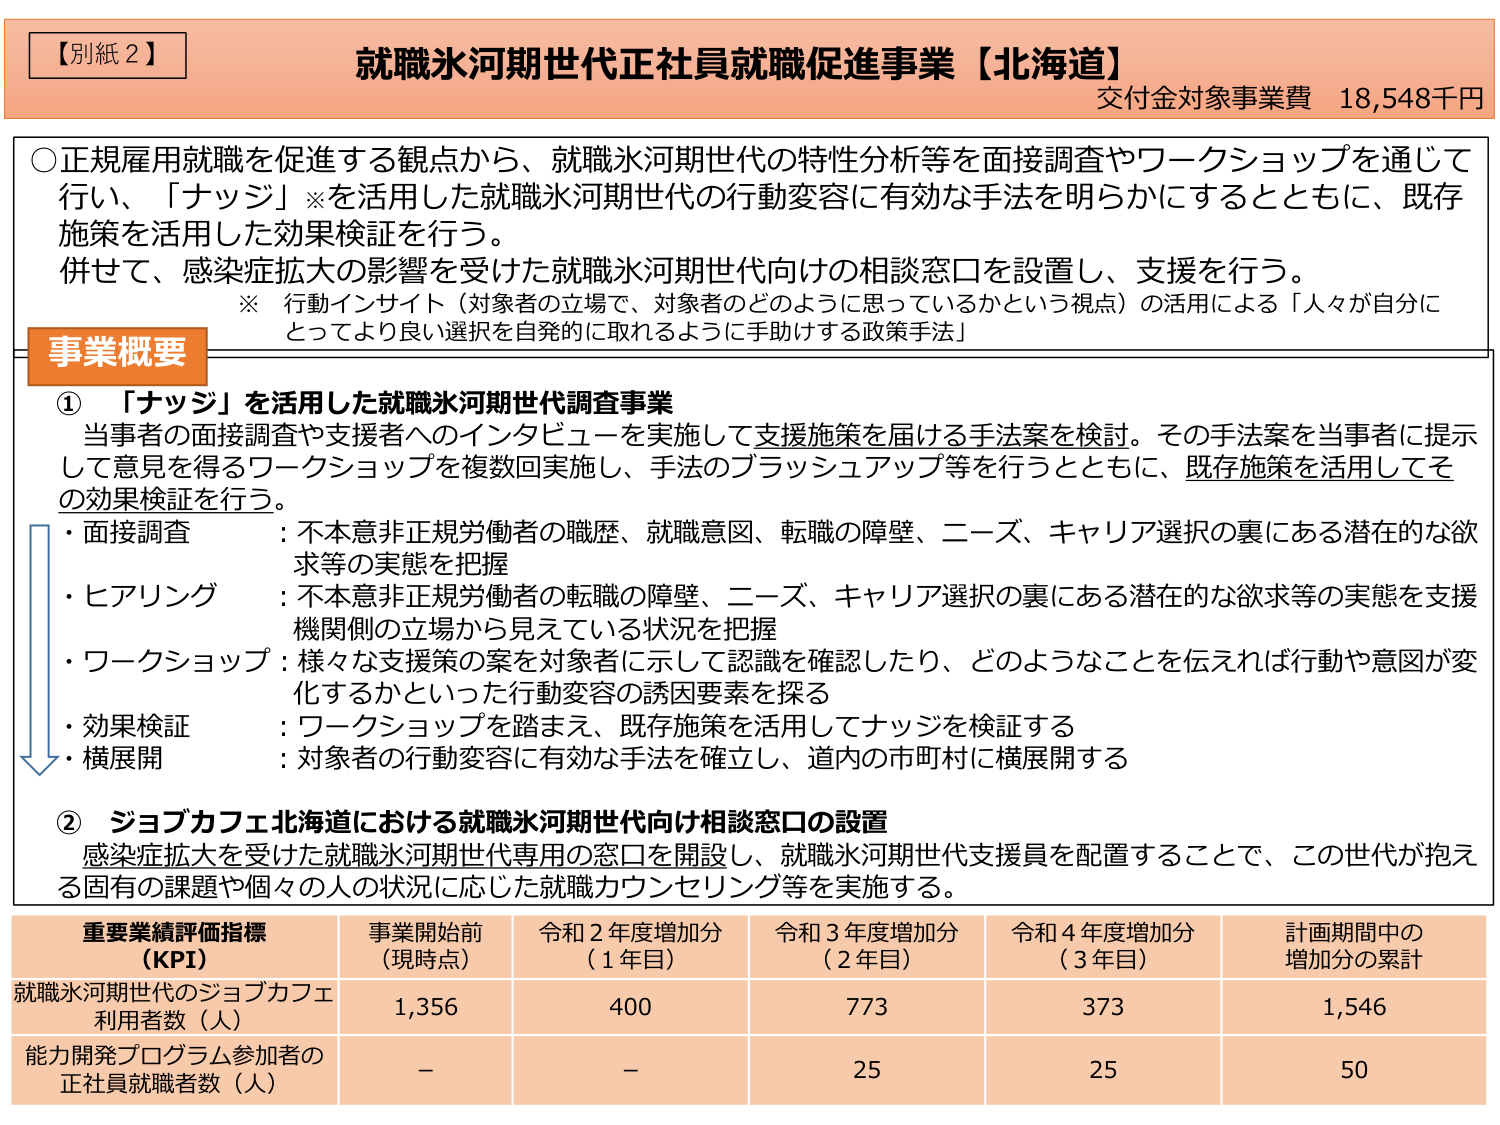
【別紙２】
就職氷河期世代正社員就職促進事業【北海道】
交付金対象事業費 18,548千円

○正規雇用就職を促進する観点から、就職氷河期世代の特性分析等を面接調査やワークショップを通じて行い、「ナッジ」※を活用した就職氷河期世代の行動変容に有効な手法を明らかにするとともに、既存施策を活用した効果検証を行う。
併せて、感染症拡大の影響を受けた就職氷河期世代向けの相談窓口を設置し、支援を行う。
※ 行動インサイト（対象者の立場で、対象者のどのように思っているかという視点）の活用による「人々が自分にとってより良い選択を自発的に取れるように手助けする政策手法」

事業概要

① 「ナッジ」を活用した就職氷河期世代調査事業
当事者の面接調査や支援者へのインタビューを実施して支援施策を届ける手法案を検討。その手法案を当事者に提示して意見を得るワークショップを複数回実施し、手法のブラッシュアップ等を行うとともに、既存施策を活用してその効果検証を行う。
・面接調査 ：不本意非正規労働者の職歴、就職意図、転職の障壁、ニーズ、キャリア選択の裏にある潜在的な欲求等の実態を把握
・ヒアリング ：不本意非正規労働者の転職の障壁、ニーズ、キャリア選択の裏にある潜在的な欲求等の実態を支援機関側の立場から見えてている状況を把握
・ワークショップ ：様々な支援策の案を対象者に示して認識を確認したり、どのようなことを伝えれば行動や意図が変化するかといった行動変容の誘因要素を探る
・効果検証 ：ワークショップを踏まえ、既存施策を活用してナッジを検証する
・横展開 ：対象者の行動変容に有効な手法を確立し、道内の市町村に横展開する

② ジョブカフェ北海道における就職氷河期世代向け相談窓口の設置
感染症拡大を受けた就職氷河期世代専用の窓口を開設し、就職氷河期世代支援員を配置することで、この世代が抱える固有の課題や個々人の状況に応じた就職カウンセリング等を実施する。

重要業績評価指標（KPI） 事業開始前（現時点） 令和２年度増加分（１年目） 令和３年度増加分（２年目） 令和４年度増加分（３年目） 計画期間中の増加分の累計
就職氷河期世代のジョブカフェ利用者数（人） 1,356 400 773 373 1,546
能力開発プログラム参加者の正社員就職者数（人） － － 25 25 50